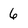
Character: 6